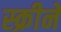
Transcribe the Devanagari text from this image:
स्क्रीने